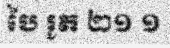
បៃ រូត ២១ ១